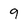
Character: 9